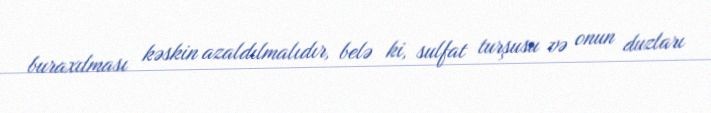
buraxılması kəskin azaldılmalıdır, belə ki, sulfat turşusu və onun duzları